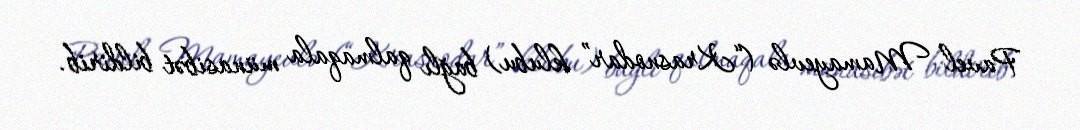
Pavel Mamayevlə (“Krasnodar” klubu) bağlı qalmaqala münasibət bildirib.